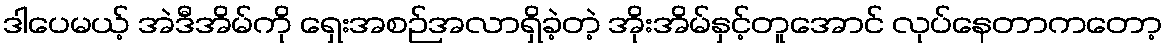
ဒါပေမယ့် အဲဒီအိမ်ကို ရှေးအစဉ်အလာရှိခဲ့တဲ့ အိုးအိမ်နှင့်တူအောင် လုပ်နေတာကတော့